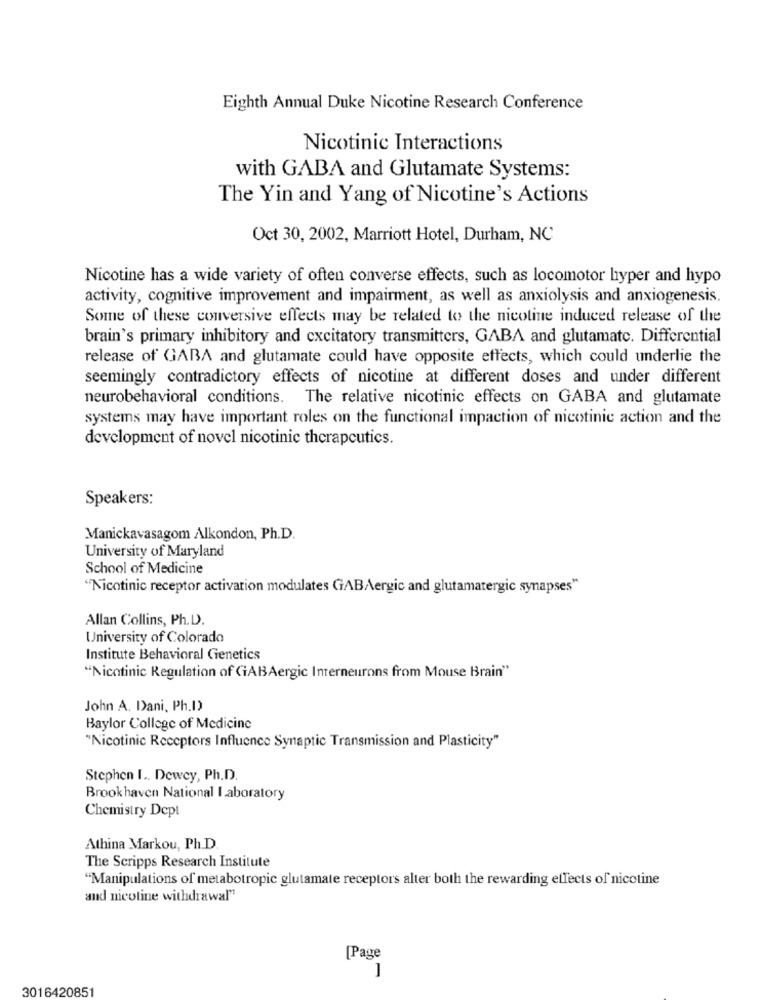
Eighth Annual Duke Nicotine Research Conference
Nicotinic Interactions
with GABA and Glutamate Systems:
The Yin and Yang of Nicotine's Actions
Oct 30, 2002, Marriott Hotel, Durham, NC
Nicotine has a wide variety of often converse effects, such as locomotor hyper and hypo
activity, cognitive improvement and impairment, as well as anxiolysis and anxiogenesis.
Some of these conversive effects may be related to the nicotine induced release of the
brain's primary inhibitory and cxcitatory transmitters, GABA and glutamate. Differential
release of GABA and glutamate could have opposite effects, which could underlie the
seemingly contradictory effects of nicotine at different doses and under different
neurobehavioral conditions. The relative nicotinic effects on GABA and glutamate
systems may have important roles on the functional impaction of nicotinic action and the
development of novel nicotinic therapeutics.
Speakers:
Manickavasagom Alkondon, Ph.D.
University of Maryland
School of Medicine
"Nicotinic receptor activation modulates GABAergic and glutamatergic synapses"
Allan Collins, Ph.D.
University of Colorado
Institute Behavioral Genetics
"Nicotinic Regulation of GiABAergic Interneurons from Mouse Brain"
John A. Dani, Ph.I)
Baylor College of Medicine
"Nicotinic Receptors Influence Synaptic Transmission and Plasticity"
Stephen I .. Dewey, Ph.D
Brook haven National laboratory
Chemistry Dept
Athina Markou, Ph.D.
The Scripps Research Institute
"Manipulations of metabotropic glutamate receptors alter both the rewarding effects of nicotine
and nicotine withdrawal"
[Page
3016420851